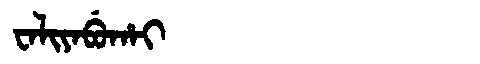
Manchu: ᠸᠠᠯᡳᠶᠠᠪᡠᡥᠠᡳ
Romanization: WALIYABUHAI